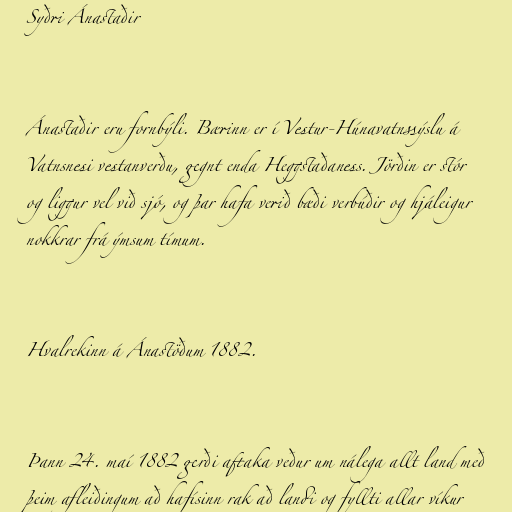
Syðri Ánastaðir

Ánastaðir eru fornbýli. Bærinn er í Vestur-Húnavatnssýslu á
Vatnsnesi vestanverðu, gegnt enda Heggstaðaness. Jörðin er stór
og liggur vel við sjó, og þar hafa verið bæði verbúðir og hjáleigur
nokkrar frá ýmsum tímum.

Hvalrekinn á Ánastöðum 1882.

Þann 24. maí 1882 gerði aftaka veður um nálega allt land með
þeim afleiðingum að hafísinn rak að landi og fyllti allar víkur